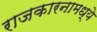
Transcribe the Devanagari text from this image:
राजकारनामध्ये